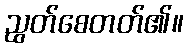
ညွတ်စေတတ်၏။